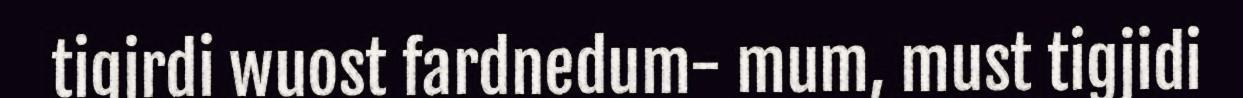
tigjrdi wuost fardnedum- mum, must tigjidi